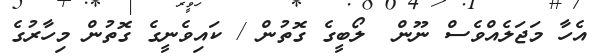
އެހާ މަޖަލެއްވެސް ނޫން  ލޯބީގެ ގޮތުން / ކައިވެނީގެ ގޮތުން މިހާރުގެ